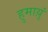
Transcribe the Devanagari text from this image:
हुमाय़ुं